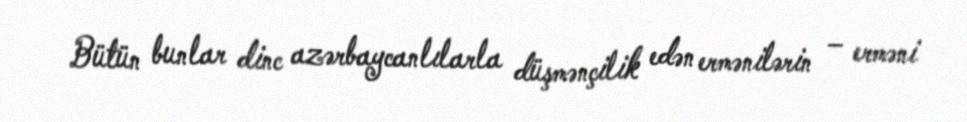
Bütün bunlar dinc azərbaycanlılarla düşmənçilik edən ermənilərin – erməni